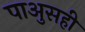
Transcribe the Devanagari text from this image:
पाअुसही